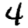
Digit: 4